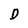
Character: D